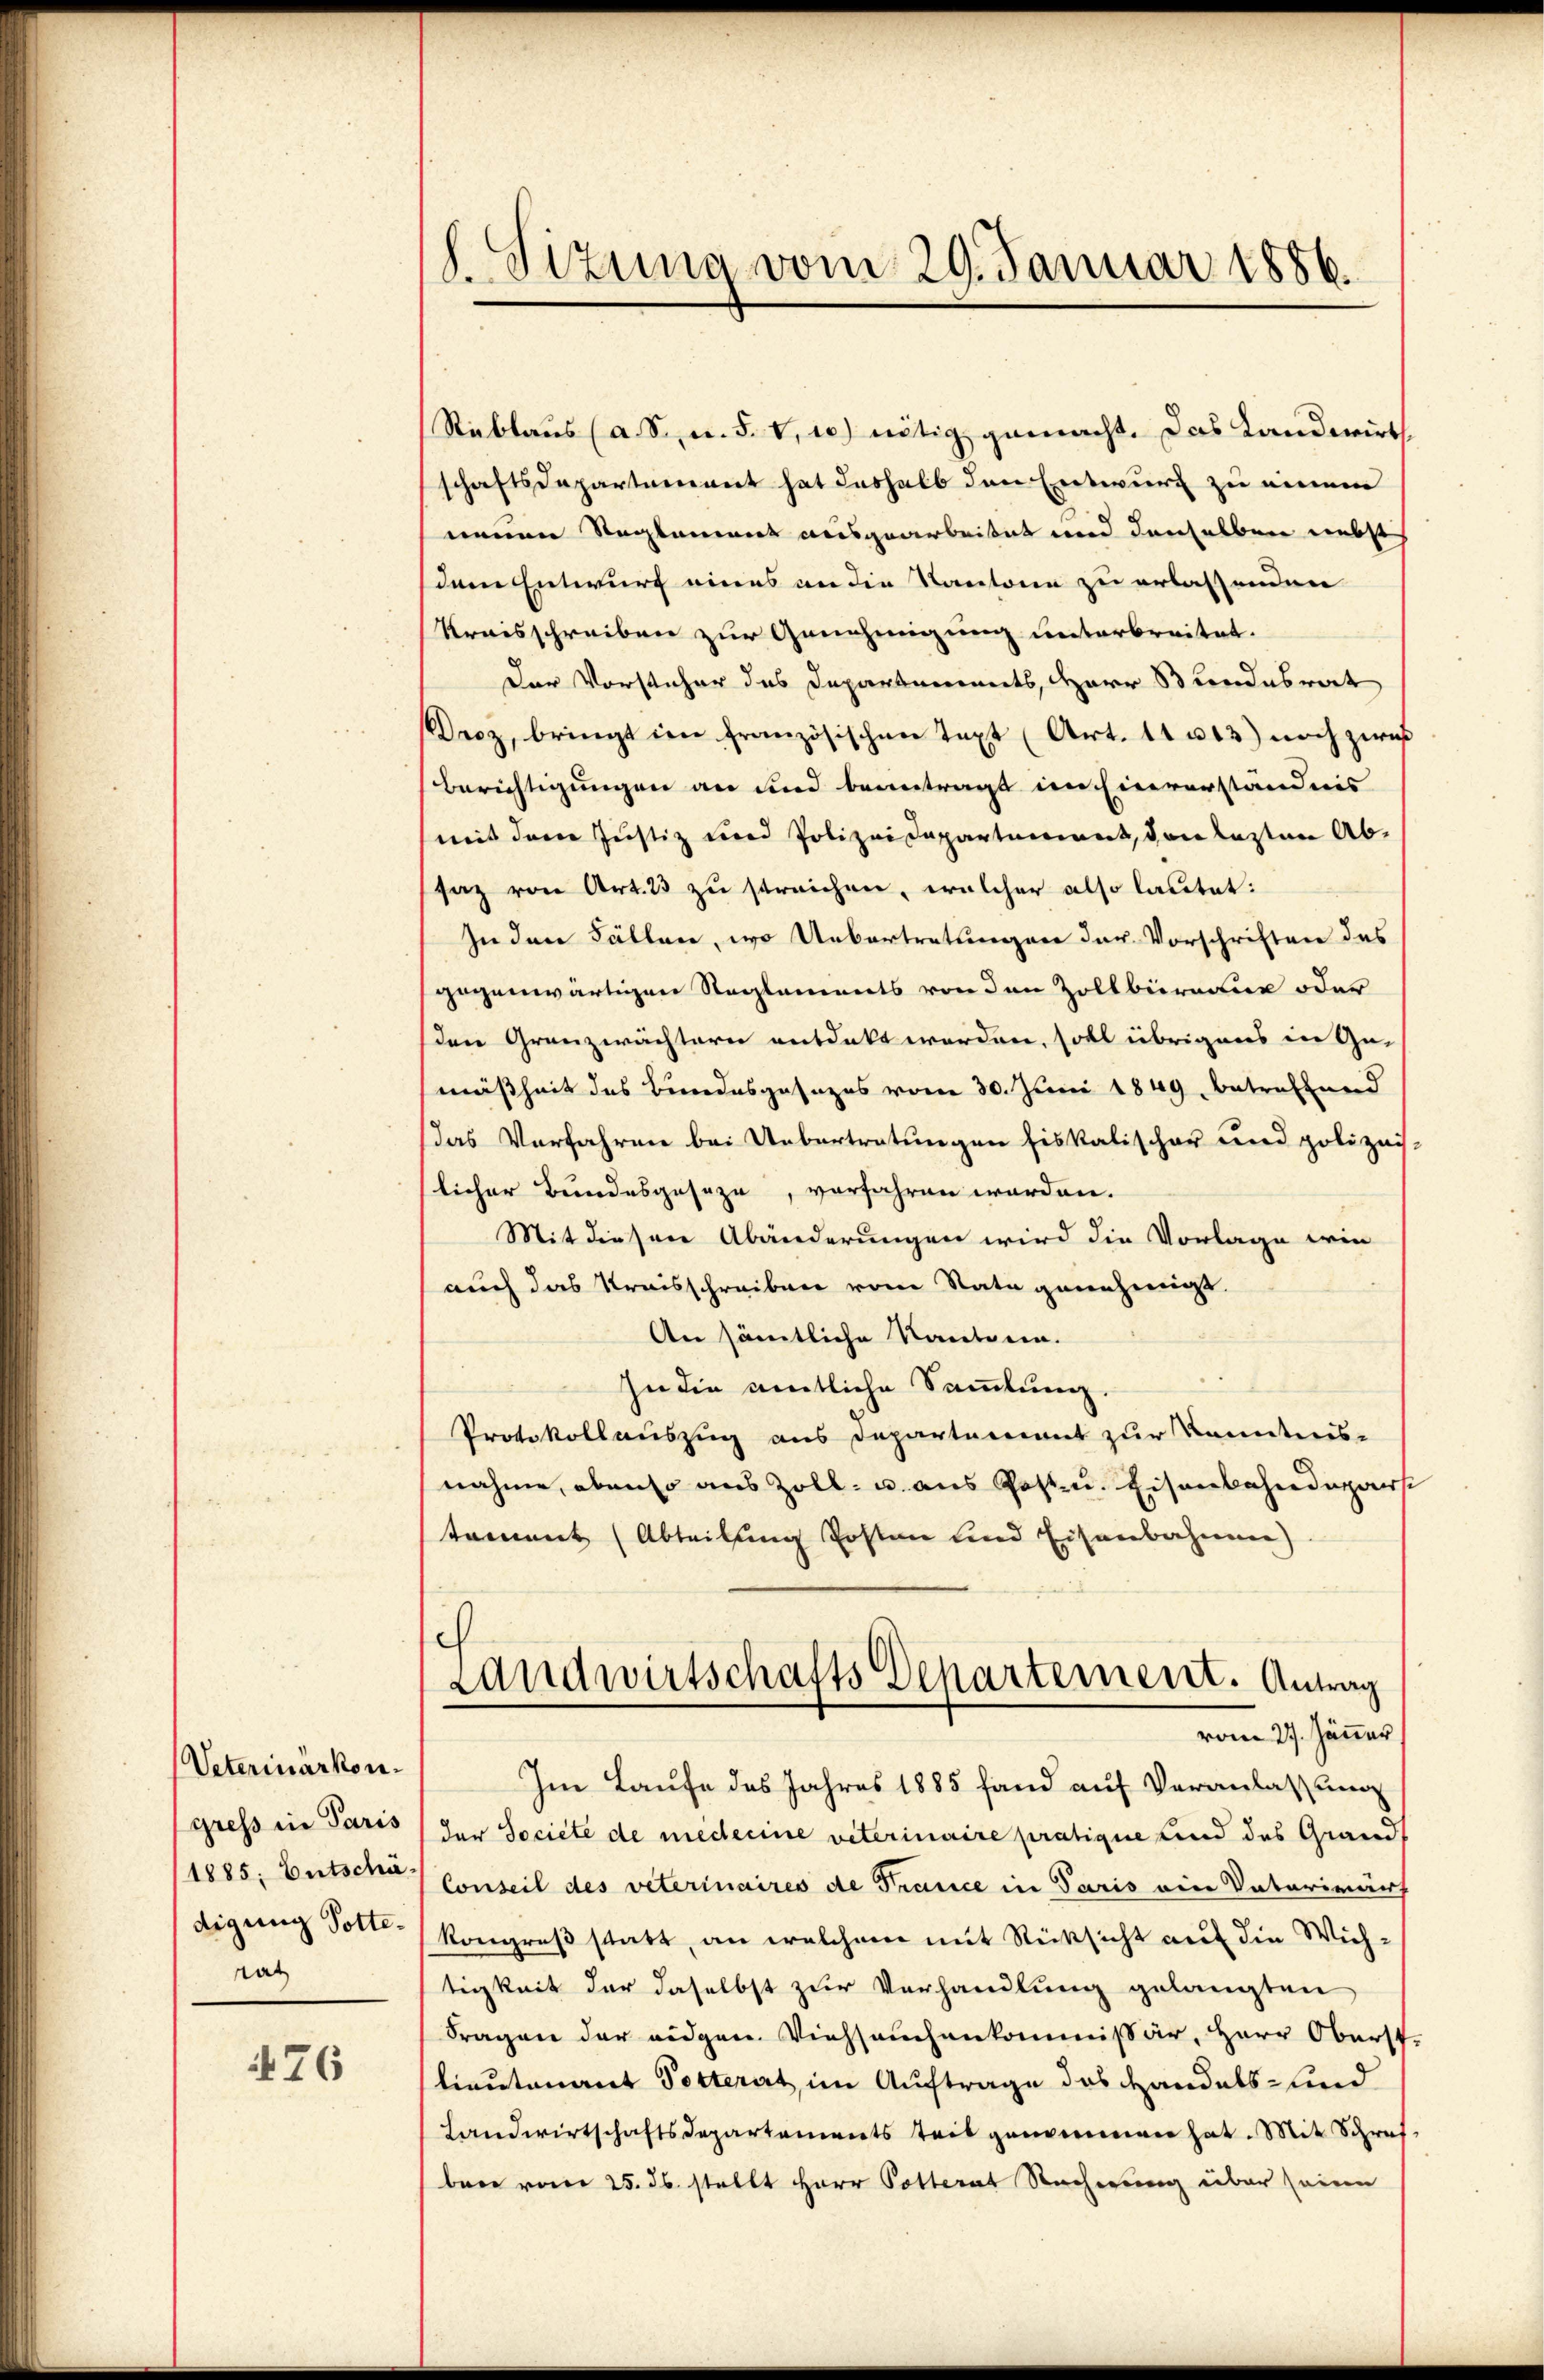
Veterinärkon.
gress in Paris
(1885; Entschädigung Volte,
tat

476

S. Tizung vom 29. Januar 1886.

Reblaus (a. S. m. 5. v. 10) nötig gemacht. Das Landwirth
schaftsdepartement hat deshalb den Entwurf zu einem
neuen Reglement ausgearbeitet und denselben nebst
dem Entwurf eines an die Kantone zu erlassenden
Kraisschreiben zur Genehmigung unterbreitet.
Der Vorsteher des Departements, Herr Sondesrat
Derz, bringt im französischen Text (Art. 11 u 13) noch zwis
Berichtigungen an und beantragt in Einverständnis
mit dem Justiz und Polizeidepartement, den lasten Absaz von Art. 23 zu streichen, welcher also lautet:
In den Fällen, wo Uebertretungen der Vorschriften des
gegenwärtigen Reglements von den Zollbüreau oder
den Granzwächtern entdeckt werden, soll übrigens in Gemäßheit des Bundesgesezes vom 30. Juni 1849 betreffend
Das Verfahren bei Uebertratungen fiskalischer und polizeis.
licher Bundesgeseze, verfahren worden.
Mit diesen Abänderungen wird die Vorlage wie
auch das Kreisschreiben vom Stata genehmigt.
An sämtliche Kantonen.
In die amtliche Sammlung.
Protokollauszug aus Departement zur Kenntnis-
nahme, obenso aus Zoll- u. aus Post u. Eisenbahndepart
tament (Abteilung Posten und Eisenbahnen)
Landwirtschafts Departement. Antrag
vom 27. Jänner
Im Laufe des Jahres 1885 fand auf Veranlassung
der Societe de mederine veterinaire pratique Lind des Grand
Conseil des veterinaires de Trance in Paris ein Vaterinärf
kongreß statt, an welchem mit Rücksicht auf die Wichtigkeit der daselbst zur Verhandlung gelangten
Fragen der eidgen. Viehseuchenkommissär, Herr Oberst
lieutenant Potterat, im Auftrage das Handels- und
Landwirtschaftsdepartements teil genommen hat. Mit Schrif
bene vom 25. ds. stellt Herr Potterat Rechnung über seine